Sketch of the medical history of the native army of Bombay, for the year
Year: 1872
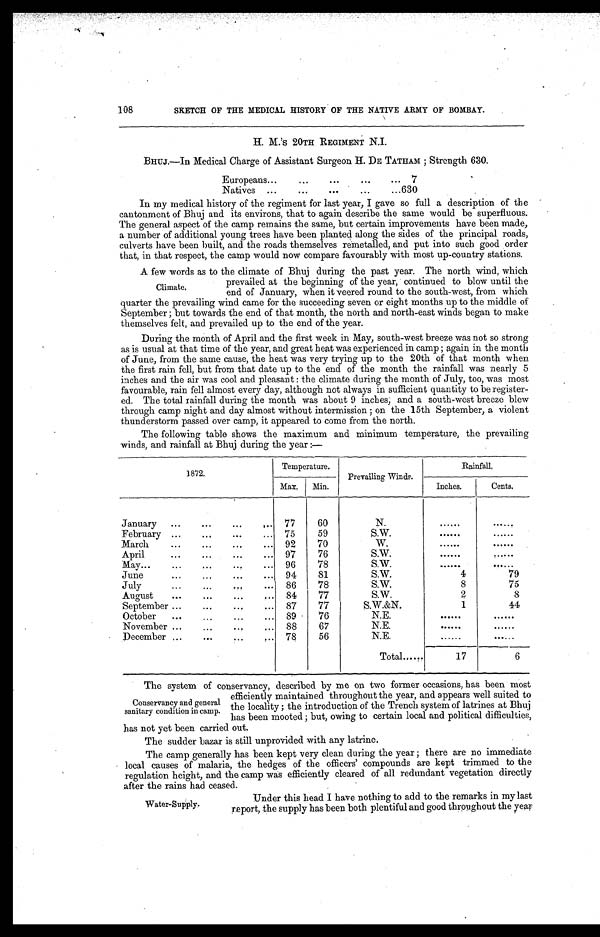
108
SKETCH OF THE MEDICAL HISTORY OF THE NATIVE ARMY OF BOMBAY.
H. M.'s 20TH REGIMENT N.I.
BHUJ.—In Medical Charge of Assistant Surgeon H. DE TATHAM ; Strength 630.
Europeans . . .
7
Natives
.
.
.
6 3 0
In my medical history of the regiment for last year, I gave so full a description of the
cantonment of Bhuj and its environs, that to again describe the same would be superfluous.
The general aspect of the camp remains the same, but certain improvements have been made,
a number of additional young trees have been planted along the sides of the principal roads,
culverts have been built, and the roads themselves remetalled, and put into such good order
that, in that respect, the camp would now compare favourably with most up-country stations.
A few words as to the climate of Bhuj during the past year. The north wind, which
prevailed at the beginning of the year, continued to blow until the
end of January, when it veered round to the south-west, from which
quarter the prevailing wind came for the succeeding seven or eight months up to the middle of
Se pt e mbe r ; but t owa r ds t he e nd of t ha t mont h, t he nor t h a nd nor t h- e a s t wi nds be ga n t o ma ke
themselves felt, and prevailed up to the end of the year.
During the month of April and the first week in May, south-west breeze was not so strong
as is usual at that time of the year, and great heat was experienced in camp ; again in the month
of June, from the same cause, the heat was very trying up to the 20th of that month when.
the first rain fell, but from that date up to the end of the month the rainfall was nearly 5
inches and the air was cool and pleasant : the climate during the month of July, too, was most
favourable, rain fell almost every day, although not always in sufficient quantity to be register-
ed. The total rainfall during the month was about 9 inches, and a south-west breeze blew
through camp night and day almost without intermission ; on the 15th September, a violent
thunderstorm passed over camp, it appeared to come from the north.
The following table shows the maximum and minimum temperature, the prevailing
winds, and rainfall at Bhuj during the year :—
1872.
Temperature.
Prevailing Winds.
Rainfall.
Max.
Min.
Inches.
Cents.
January . . .7501298275012982
77
60
N.
. . .
. . .
February . . .
75
59
S.W.
. . .
. . .
March . . .
92
70
W.
. . .
. . .
April . . .
97
76
S.W.
. . .
. . .
May . . .
96
78
S.W.
. . .
. . .
June . . .
94
81
S.W.
4
79
July . . .
86
78
S.W.
8
75
August . . .
84
77
S.W.
2
8
September . . .
87
77
S.W.&N.
1
44
October . . .
89
76
N.E.
. . .
. . .
November . . .
88
67
N.E.
. . .
. . .
December . . .
78
56
N.E.
. . .
. . .
Total . . .
17
6
The system of conservancy, described by me on two former occasions, has been most
efficiently maintained throughout the year, and appears well suited to
the locality; the introduction of the Trench system of latrines at Bhuj
has been mooted ; but, owing to certain local and political difficulties,
has not yet been carried out.
The sudder bazar is still unprovided with any latrine.
The camp generally has been kept very clean during the year ; there are no immediate
local causes of malaria, the hedges of the officers' compounds are kept trimmed to the
regulation height, and the camp was efficiently cleared of all redundant vegetation directly
after the rains had ceased.
Climate.
Conservancy and general
sanitary condition in camp.
Water-Supply.
Under this head I have nothing to add to the remarks in my last
report, the supply has been both plentiful and good throughout the year